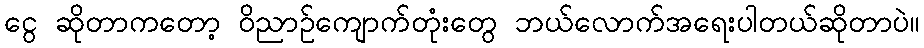
ငွေ ဆိုတာကတော့ ဝိညာဥ်ကျောက်တုံးတွေ ဘယ်လောက်အရေးပါတယ်ဆိုတာပဲ။